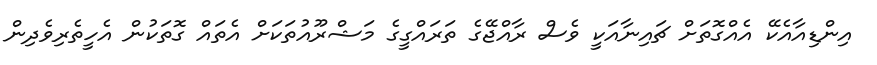
އިންޑިއާއެކޭ އެއްގޮތަށް ޗައިނާއަކީ ވެސް ރާއްޖޭގެ ތަރައްގީގެ މަޝްރޫއުތަކަށް އެތައް ގޮތަކުން އެހީތެރިވެދިން